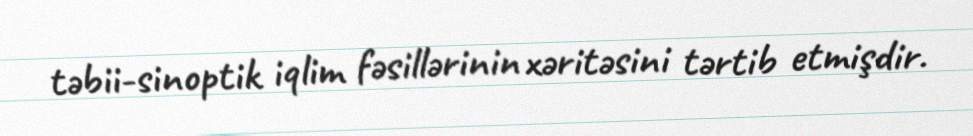
təbii-sinoptik iqlim fəsillərinin xəritəsini tərtib etmişdir.